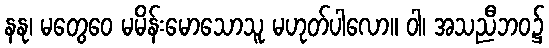
နနု၊ မတွေဝေ မမိန်းမောသောသူ မဟုတ်ပါလော။ ဝါ၊ အသညီဘဝ၌